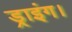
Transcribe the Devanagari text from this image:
ड्राइंग।